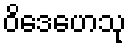
ဝိဒေဟေသု